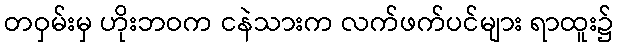
တဝှမ်းမှ ဟိုးဘဝက ငနဲသားက လက်ဖက်ပင်များ ရာထူး၌